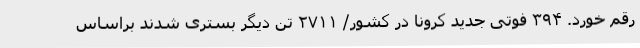
رقم خورد. ۳۹۴ فوتی جدید کرونا در کشور/ ۲۷۱۱ تن دیگر بستری شدند براساس